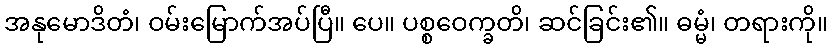
အနုမောဒိတံ၊ ဝမ်းမြောက်အပ်ပြီ။ ပေ။ ပစ္စဝေက္ခတိ၊ ဆင်ခြင်း၏။ ဓမ္မံ၊ တရားကို။